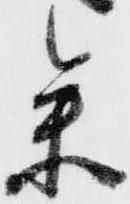
参